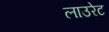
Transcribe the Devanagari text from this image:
लाउरेट